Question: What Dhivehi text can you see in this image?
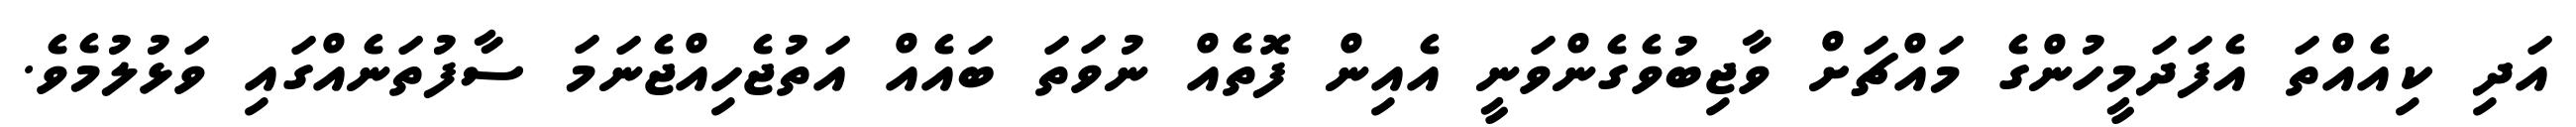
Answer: އަދި ކިއެއްތަ އެފަދަމީހުންގެ މައްޗަށް ވާޖިބުވެގެންވަނީ އެއިން ފޮތެއް ނުވަތަ ބައެއް އަތުޖެހިއްޖެނަމަ ސާފުތަނެއްގައި ވަޅުލުމެވެ.